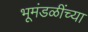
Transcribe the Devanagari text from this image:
भूमंडळींच्या